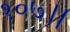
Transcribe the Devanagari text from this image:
१०७।।